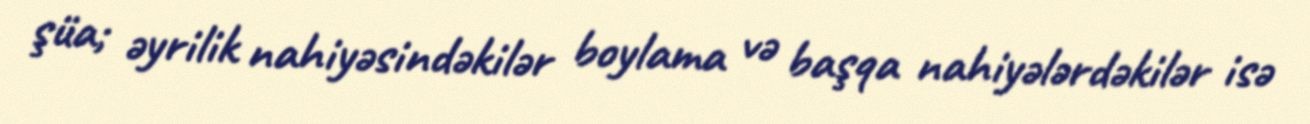
şüa; əyrilik nahiyəsindəkilər boylama və başqa nahiyələrdəkilər isə